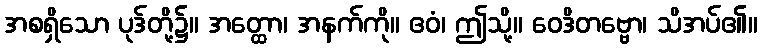
အစရှိသော ပုဒ်တို့၌။ အတ္ထော၊ အနက်ကို။ ဧဝံ၊ ဤသို့။ ဝေဒိတဗ္ဗော၊ သိအပ်၏။